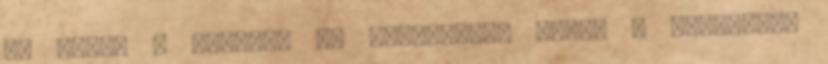
is ugrik a padról, és leltározni kezdi a táskáját.